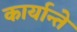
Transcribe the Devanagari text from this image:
कार्यान्ते